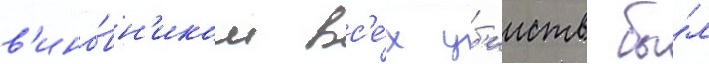
в'ино́вн'иком вс'е́х уб'ииств бы́л